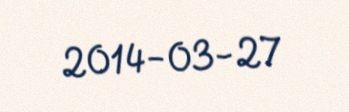
2014-03-27